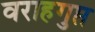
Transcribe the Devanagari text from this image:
वराहगुप्त